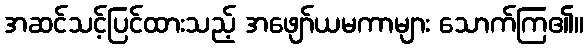
အဆင်သင့်ပြင်ထားသည့် အဖျော်ယမကာများ သောက်ကြ၏။